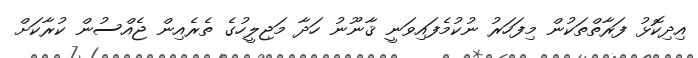
އިދިކޮޅު ފަރާތްތަކުން މިފަހަރު ނުކުމެފައިވަނީ ޤާނޫނު ހަދާ މަޖިލީހުގެ ތެރެއިން ޖެއްސުން ކުރާކަށް